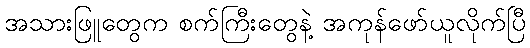
အသားဖြူတွေက စက်ကြီးတွေနဲ့ အကုန်ဖော်ယူလိုက်ပြီ